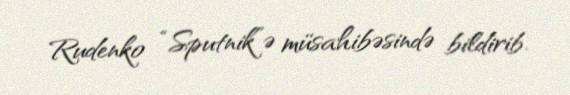
Rudenko “Sputnik”ə müsahibəsində bildirib.